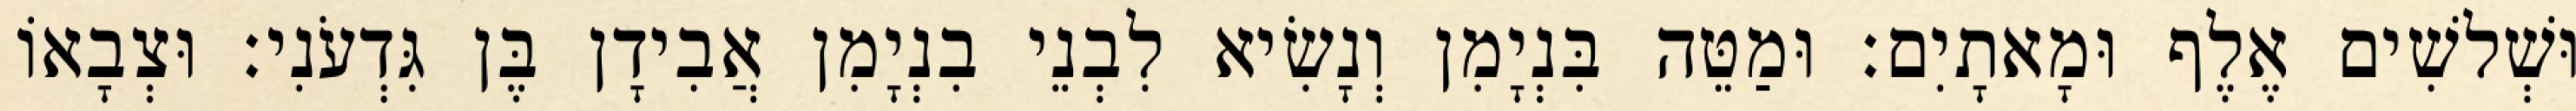
וּשְׁלשִׁים אֶלֶף וּמָאתָיִם׃ וּמַטֵּה בִּנְיָמִן וְנָשִׂיא לִבְנֵי בִנְיָמִן אֲבִידָן בֶּן גִּדְעֹנִי׃ וּצְבָאוֹ